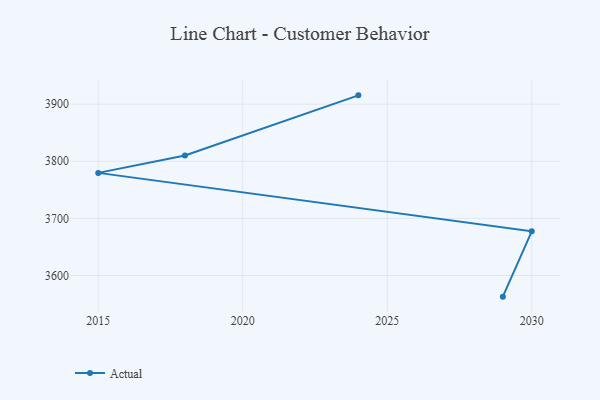
{"axis": {"x": "Year", "y": "Customer Acquisition Cost (USD)"}, "legend": ["Actual"], "data": [{"x": "2024", "y": 3915.5, "type": "Actual"}, {"x": "2018", "y": 3810.1, "type": "Actual"}, {"x": "2015", "y": 3779.7, "type": "Actual"}, {"x": "2030", "y": 3677.3, "type": "Actual"}, {"x": "2029", "y": 3562.9, "type": "Actual"}]}